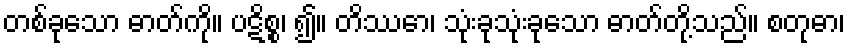
တစ်ခုသော ဓာတ်ကို။ ပဋိစ္စ၊ ၍။ တိဿော၊ သုံးခုသုံးခုသော ဓာတ်တို့သည်။ စတုဓာ၊